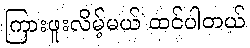
ကြားဖူးလိမ့်မယ် ထင်ပါတယ်